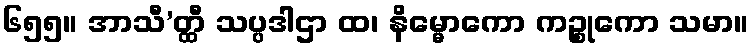
၆၅၅။ အာသီ’တ္ထီ သပ္ပဒါဌာ ထ၊ နိမ္မောကော ကဉ္စုကော သမာ။